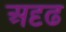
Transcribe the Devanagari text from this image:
अदृढ